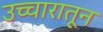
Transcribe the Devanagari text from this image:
उच्चारातून